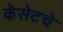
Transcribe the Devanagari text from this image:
कॅसेटचे